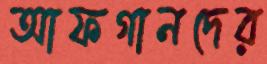
আফগানদের